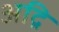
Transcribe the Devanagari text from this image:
अद्रि